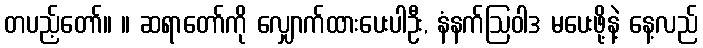
တပည့်တော်။ ။ ဆရာတော်ကို လျှောက်ထားပေးပါဦး, နံနက်ဩဝါဒ မပေးဖို့နဲ့ နေ့လည်